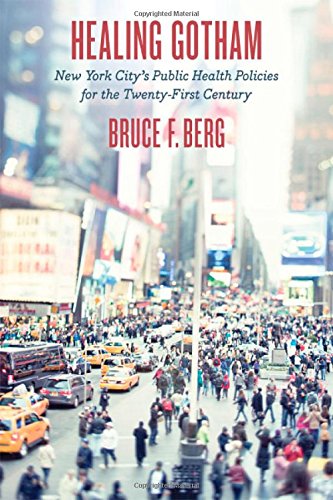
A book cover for Healing Gotham: New York City's Public Health Policies for the Twenty-First Century; Bruce F. Berg; Medical Books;